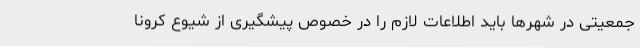
جمعیتی در شهرها باید اطلاعات لازم را در خصوص پیشگیری از شیوع کرونا